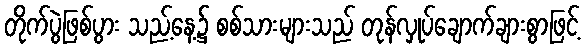
တိုက်ပွဲဖြစ်ပွား သည့်နေ့၌ စစ်သားများသည် တုန်လှုပ်ချောက်ချားစွာဖြင့်